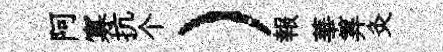
阿寡抗个）報華筭灸